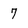
Character: 7